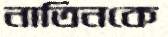
নাতিনকে